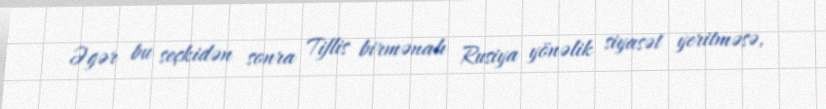
Əgər bu seçkidən sonra Tiflis birmənalı Rusiya yönəlik siyasət yeritməsə,